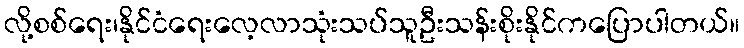
လို့စစ်ရေး၊နိုင်ငံရေးလေ့လာသုံးသပ်သူဦးသန်းစိုးနိုင်ကပြောပါတယ်။